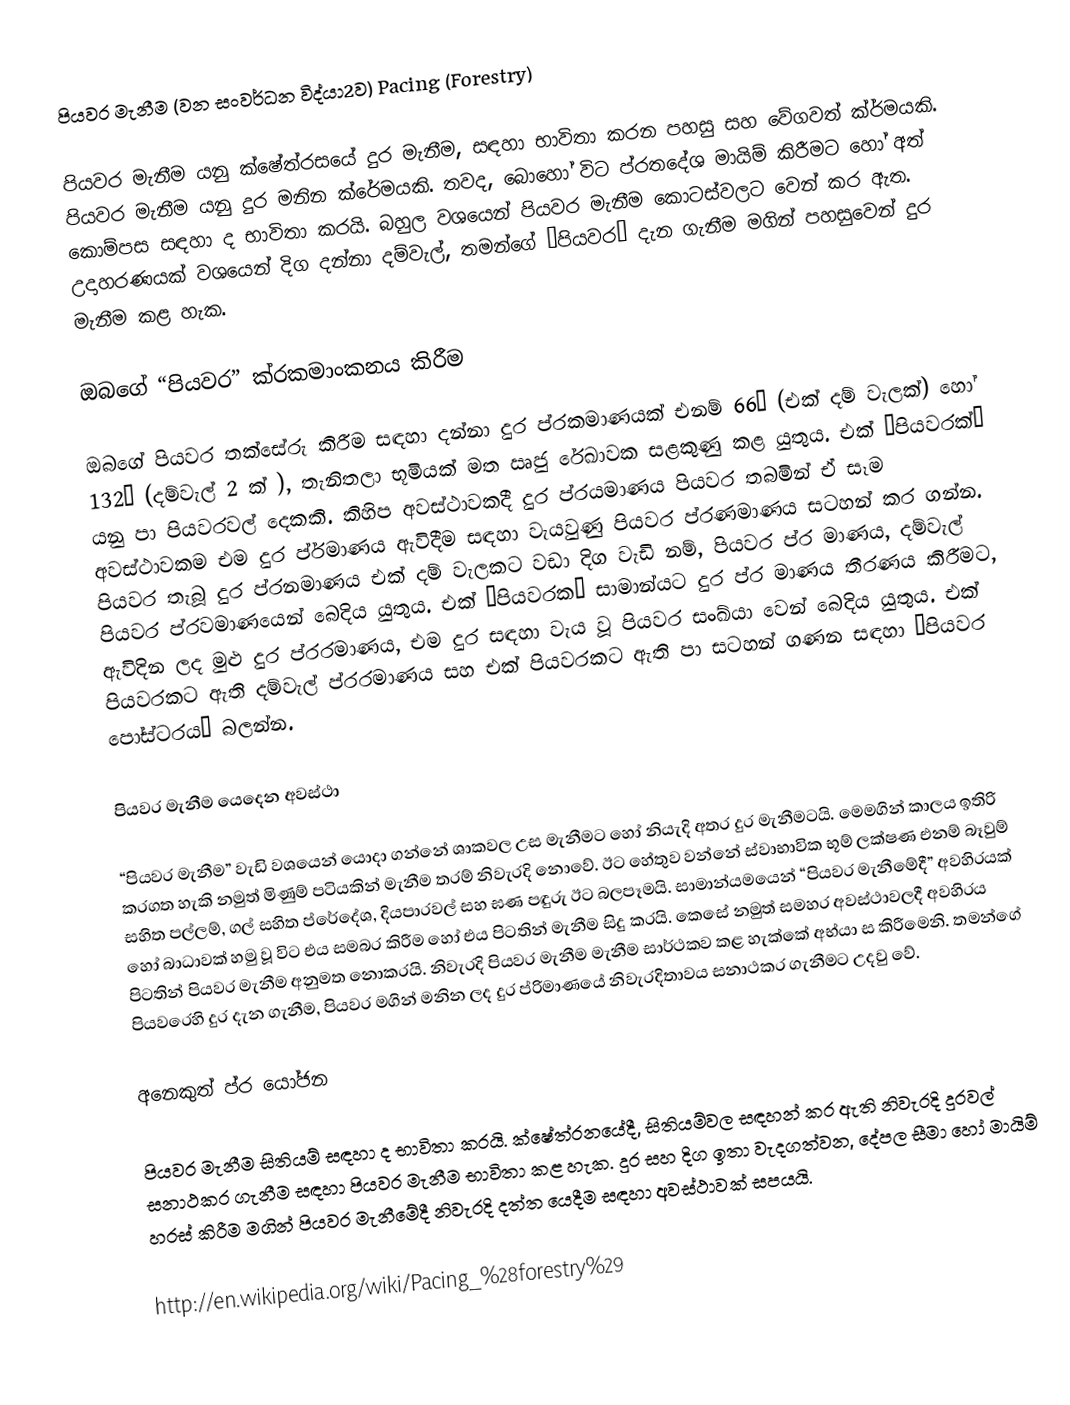
පියවර මැනීම (වන සංවර්ධන විද්යා2ව) Pacing (Forestry)

පියවර මැනීම යනු ක්ෂේත්රසයේ දුර මැනීම, සඳහා භාවිතා කරන පහසු සහ වේගවත් ක්ර්මයකි. පියවර මැනීම යනු දුර මනින ක්රේමයකි. තවද, බොහෝ විට ප්රතදේශ මායිම් කිරීමට හෝ අත් කොම්පස සඳහා ද භාවිතා කරයි. බහුල වශයෙන් පියවර මැනීම කොටස්වලට වෙන් කර ඇත. උදාහරණයක් වශයෙන් දිග දන්නා දම්වැල්, තමන්ගේ “පියවර” දැන ගැනීම මගින් පහසුවෙන් දුර මැනීම කළ හැක.

ඔබ‍ගේ “පියවර” ක්රකමාංකනය කිරීම

ඔබගේ පියවර තක්සේරු කිරීම සඳහා දන්නා දුර ප්රකමාණයක් එනම් 66’ (එක් දම් වැලක්) හෝ 132’ (දම්වැල් 2 ක් ), තැනිතලා භූමියක් මත ඍජු රේඛාවක සළකුණු කළ යුතුය. එක් “පියවරක්” යනු පා පියවරවල් දෙකකි. කිහිප අවස්ථාවකදී දුර ප්රයමාණය පියවර තබමින් ඒ සෑම අවස්ථාවකම එම දුර ප්ර්මාණය ඇවිදීම සඳහා වැයවුණු පියවර ප්රණමාණය සටහන් කර ගන්න. පියවර තැබූ දුර ප්රනමාණය එක් දම් වැලකට වඩා දිග වැඩි නම්, පියවර ප්ර මාණය, දම්වැල් පියවර ප්රවමාණයෙන් බෙදිය යුතුය. එක් “පියවරක” සාමාන්යට දුර ප්ර මාණය තීරණය කිරීමට, ඇවිදින ලද මුළු දුර ප්රරමාණය, එම දුර සඳහා වැය වූ පියවර සංඛ්යා වෙන් බෙදිය යුතුය. එක් පියවරකට ඇති දම්වැල් ප්රරමාණය සහ එක් පියවරකට ඇති පා සටහන් ගණන සඳහා “පියවර පෝස්ටරය” බලන්න.

පියවර මැනීම යෙදෙන අවස්ථා

“පියවර මැනීම” වැඩි වශයෙන් යොදා ගන්නේ ශාකවල උස මැනීමට හෝ නියැදි අතර දුර මැනීමටයි. මෙමගින් කාලය ඉතිරි කරගත හැකි නමුත් මිණුම් පටියකින් මැනීම තරම් නිවැරදි නොවේ. ඊට හේතුව වන්නේ ස්වාභාවික භූම් ලක්ෂණ එනම් බෑවුම් සහිත පල්ලම්, ගල් සහිත ප්රේදේශ, දියපාරවල් සහ ඝණ පඳුරු ඊට බලපෑමයි. සාමාන්යමයෙන් “පියවර මැනීමේදී” අවහිරයක් හෝ බාධාවක් හමු වූ විට එය සමබර කිරීම හෝ එය පිටතින් මැනීම සිදු කරයි. කෙසේ නමුත් සමහර අවස්ථාවලදී අවහිරය පිටතින් පියවර මැනීම අනුමත නොකරයි. නිවැරදි පියවර මැනීම මැනීම සාර්ථකව කළ හැක්කේ අභ්යා ස කිරීමෙනි. තමන්ගේ පියව‍රෙහි දුර දැන ගැනීම, පියවර මගින් මනින ලද දුර ප්රිමාණයේ නිවැරදිතාවය සනාථකර ගැනීමට උදවු වේ.

අනෙකුත් ප්ර යෝජන

පියවර මැනීම සිතියම් සඳහා ද භාවිතා කරයි. ක්ෂේත්රනයේදී, සිතියම්වල සඳහන් කර ඇති නිවැරදි දුරවල් සනාථකර ගැනීම සඳහා පියවර මැනීම භාවිතා කළ හැක. දුර සහ දිග ඉතා වැදගත්වන, දේපල සීමා හෝ මායිම් හරස් කිරීම මගින් පියවර මැනීමේදී නිවැරදි දත්ත යෙදීම සඳහා අවස්ථාවක් සපයයි.

http://en.wikipedia.org/wiki/Pacing_%28forestry%29